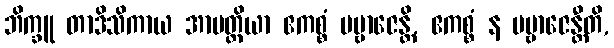
ဘိက္ခူ တာဒိသိကာယ အာပတ္တိယာ ဧကစ္စံ ပဗ္ဗာဇေန္တိ, ဧကစ္စံ န ပဗ္ဗာဇေန္တီတိ,